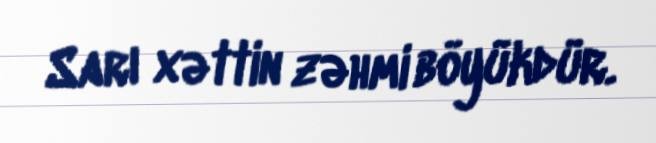
Sarı xəttin zəhmi böyükdür.